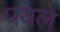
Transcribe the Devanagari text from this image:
पयले